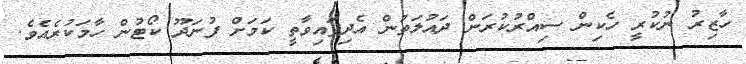
ހާޒިރު ނުކުރީ ހެކިން ސިއްރުކުރަން ދައުލަތުން އެދިފައިވާތީ ކަމަށް ފުނަދޫ ކޯޓުން ހާމަކުރެއެވެ.